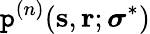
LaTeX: \mathtt{p}^{(n)}(\mathbf{{s}},\mathbf{{r}};\boldsymbol{\sigma}^{\ast})